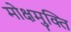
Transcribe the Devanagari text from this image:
मोक्षमुक्ति